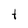
Character: t